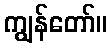
ကျွန်တော်။